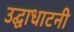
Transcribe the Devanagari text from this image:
उद्घाधाटनी